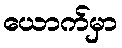
ယောက်မှာ